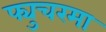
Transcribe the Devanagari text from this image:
फ्युचरमा